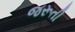
જરૂતી